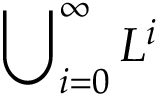
\sideset { } { _ { i = 0 } ^ { \infty } } \bigcup L ^ { i }